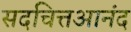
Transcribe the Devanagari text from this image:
सदचित्तआनंद